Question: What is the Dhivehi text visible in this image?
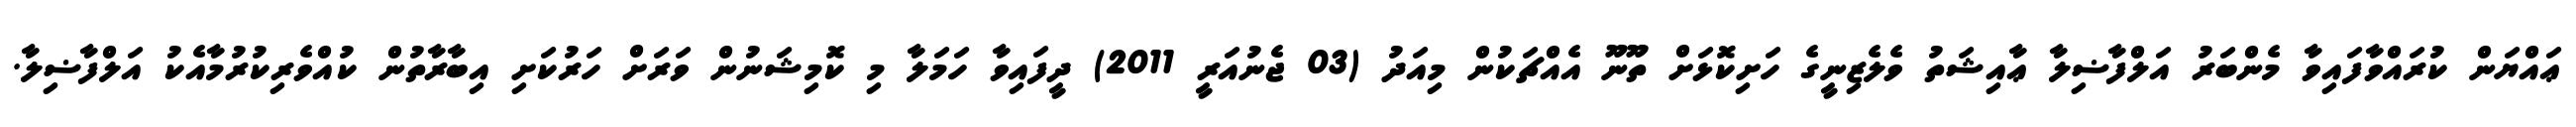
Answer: ޢައްޔަން ކުރައްވާފައިވާ މެންބަރު އަލްފާޟިލާ ޢާއިޝަތު ވެލެޒިނީގެ ހަށިކޮޅަށް ތޫނޫ އެއްޗަކުން މިއަދު (03 ޖެނުއަރީ 2011) ދީފައިވާ ހަމަލާ މި ކޮމިޝަނުން ވަރަށް ހަރުކަށި އިބާރާތުން ކުއްވެރިކުރުމާއެކު އަލްފާޟިލާ.